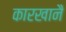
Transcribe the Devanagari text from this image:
कारखानै